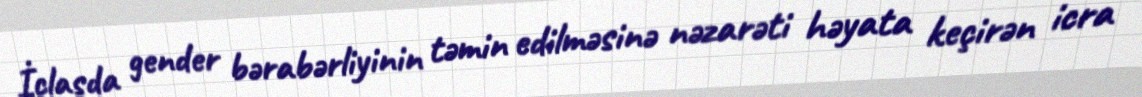
İclasda gender bərabərliyinin təmin edilməsinə nəzarəti həyata keçirən icra